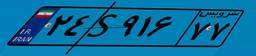
۶۲S۰۵۰۸۲